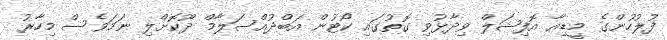
ފުލުހުންގެ މީޑިއާ އޮފިޝަލް ވިދާޅުވި ގޮތުގައި ކޯޓުން އަބްދުއްސަލާމް ދޫކޮށްލި ނަމަވެސް މިހާރު